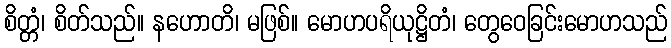
စိတ္တံ၊ စိတ်သည်။ နဟောတိ၊ မဖြစ်။ မောဟပရိယုဋ္ဌိတံ၊ တွေဝေခြင်းမောဟသည်